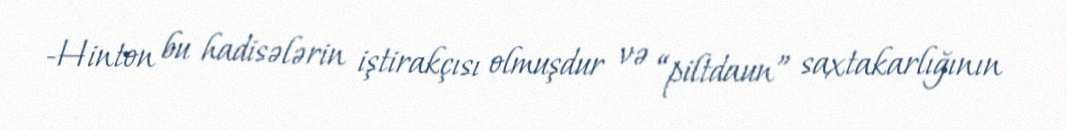
-Hinton bu hadisələrin iştirakçısı olmuşdur və “piltdaun” saxtakarlığının